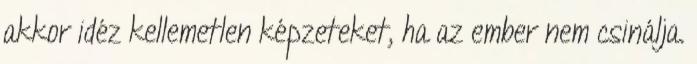
akkor idéz kellemetlen képzeteket, ha az ember nem csinálja.